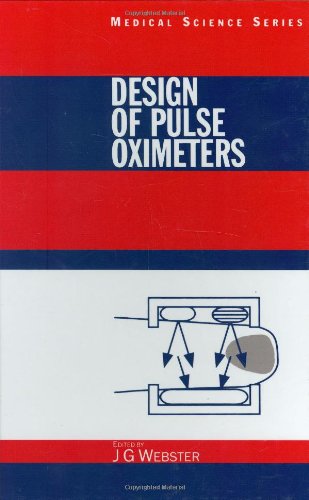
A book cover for Design of Pulse Oximeters (Series in Medical Physics and Biomedical Engineering); Medical Books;